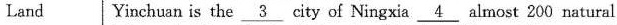
Land Yinchuan is the \underline{3} city of Ningxia \underline{4} almost 200 natural